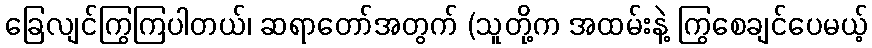
ခြေလျင်ကြွကြပါတယ်၊ ဆရာတော်အတွက် (သူတို့က အထမ်းနဲ့ ကြွစေချင်ပေမယ့်